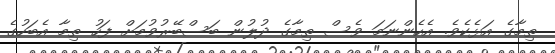
ތިމާގެ އަޅެކެވެ. އެހެންނަމަ ވެސް ތިމާގެ ދުލުން ބަސްބޭރުވުމަށް ފަހު ތިމާ އެބަހުގެ